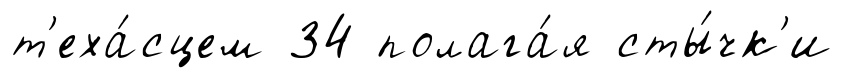
т'еха́сцем 34 полага́я сты́чк'и